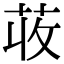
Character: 荍